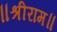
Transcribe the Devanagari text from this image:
॥श्रीराम॥